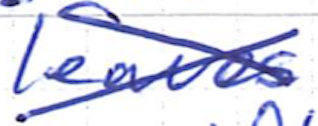
Text: leaves
Cross-out: cross
Writing tool: ballpoint